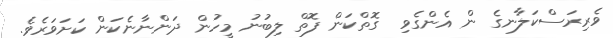
ވެރިރަސްކަލާނގެ ން އެންގެވި  ގޮތްކަން ފޮތް ލިބުނު މީހުން ދަންނާނެކަން ކަށަވަރެވެ.